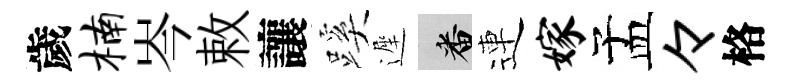
歲楠岑敕讓蹊遲番連嫁孟々格